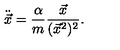
\ddot { \vec { x } } = \frac { \alpha } { m } \frac { \vec { x } } { ( \vec { x } ^ { 2 } ) ^ { 2 } } .